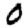
Digit: 0